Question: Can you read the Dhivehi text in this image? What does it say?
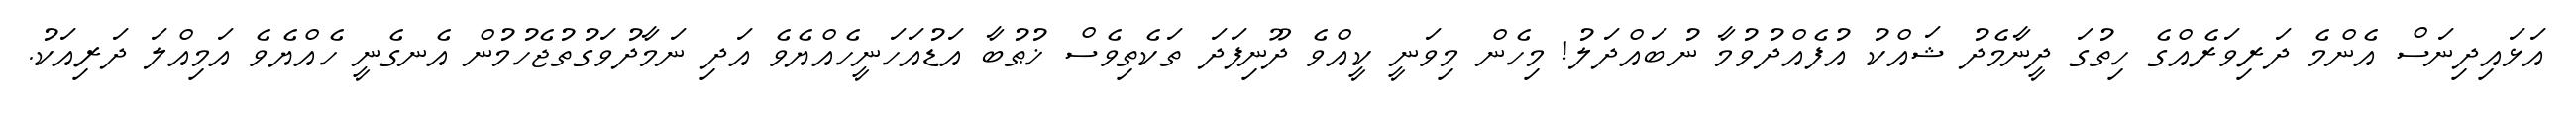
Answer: އަޅައިދިނަސް އެންމެ ދަރިވަރެއްގެ ހިތުގަ ދީނާމެދު ޝައްކު އުފެއްދުވުމާ ނުބައްދަލު! މިހެން މިވަނީ ކީއްވެ ދޫނިފަދަ ތަކެތިވެސް ޚުޠުބާ އަޑުއަހަނީހެއްޔެވެ އަދި ނަމާދުވަގުތުޖެހުމުން އެނގެނީ ހެއްޔެވެ އަމިއްލަ ދަރިއަކު.